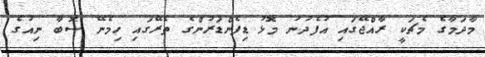
މާދަމާގެ މެޗަކީ ރާއްޖޭގައި އުފެދުނު މޮޅު ޑިފެންޑަރުންގެ ތެރޭގައި ހިމެނޭ ސޮބާ ނިއުގެ